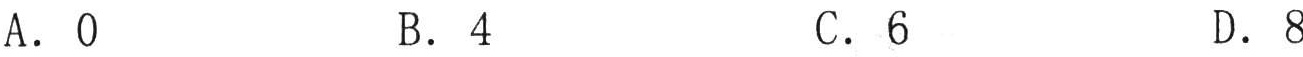
A. \(0\)  B. \(4\)  C. \(6\)  D. \(8\)